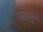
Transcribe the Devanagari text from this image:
सारीं